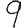
Digit: 9